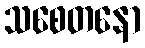
သစေတနော